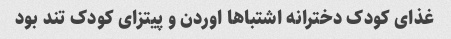
غذای کودک دخترانه اشتباها اوردن و پیتزای کودک تند بود